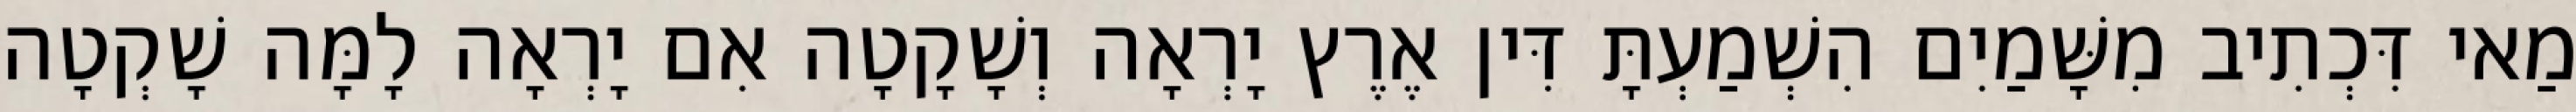
מַאי דִּכְתִיב מִשָּׁמַיִם הִשְׁמַעְתָּ דִּין אֶרֶץ יָרְאָה וְשָׁקָטָה אִם יָרְאָה לָמָּה שָׁקְטָה